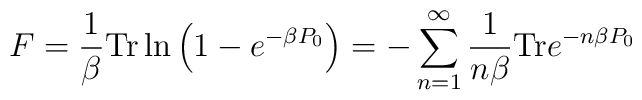
F=\frac{1}{\beta}{\rm Tr}\ln\left( 1-e^{-\beta P_0}\right)=-\sum_{n=1}^\infty\frac{1}{n\beta}{\rm Tr} e^{-n \beta P_0}